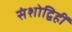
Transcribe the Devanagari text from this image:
संशोद्विहीं